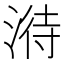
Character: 𣹘